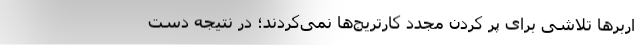
اربرها تلاشی برای پر کردن مجدد کارتریج‌ها نمی‌کردند؛ در نتیجه دست